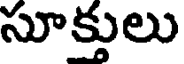
సూక్తులు